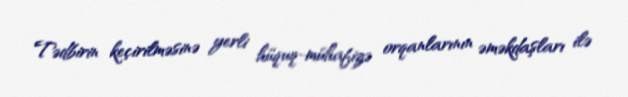
Tədbirin keçirilməsinə yerli hüquq-mühafizə orqanlarının əməkdaşları ilə